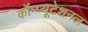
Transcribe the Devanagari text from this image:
कॉम्प्यूटेशनल